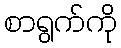
စာရွက်ကို